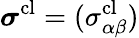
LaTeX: \boldsymbol{\sigma}^{\mathrm{cl}}=(\sigma_{\alpha\beta}^{\mathrm{cl}})